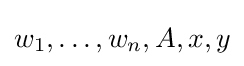
w_{1},\dotsc ,w_{n},A,x,y